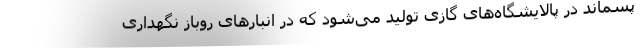
پسماند در پالایشگاه‌های گازی تولید می‌شود که در انبارهای روباز نگهداری